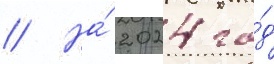
// На́ 2024 го́д